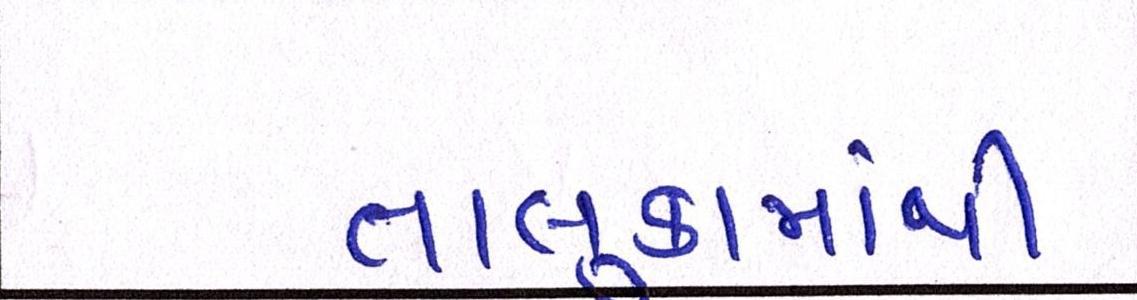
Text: તાલુકામાંથી